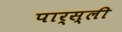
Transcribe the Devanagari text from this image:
पार्स्ली